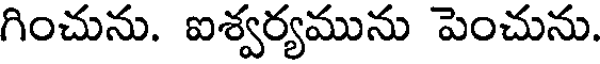
గించును. ఐశ్వర్యమును పెంచును.